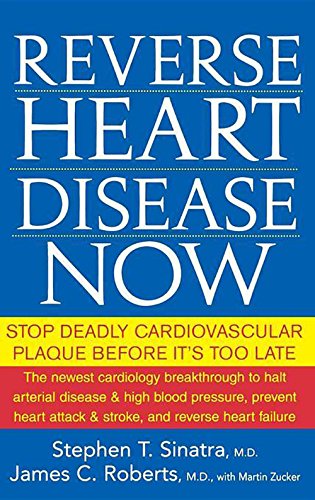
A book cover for Reverse Heart Disease Now: Stop Deadly Cardiovascular Plaque Before It's Too Late; Stephen T. Sinatra; Health, Fitness & Dieting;